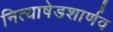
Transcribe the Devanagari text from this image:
नित्याषेडशार्णव